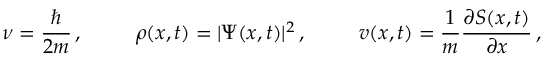
\nu = \frac { \hbar } { 2 m } \, , \; \; \; \; \; \; \; \; \; \rho ( x , t ) = | \Psi ( x , t ) | ^ { 2 } \, , \; \; \; \; \; \; \; \; \; v ( x , t ) = \frac { 1 } { m } \frac { \partial S ( x , t ) } { \partial x } \, ,